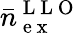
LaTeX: \bar{n}_{\mathrm{~e~x~}}^{\mathrm{~L~L~O~}}